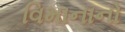
વિમાનાનો